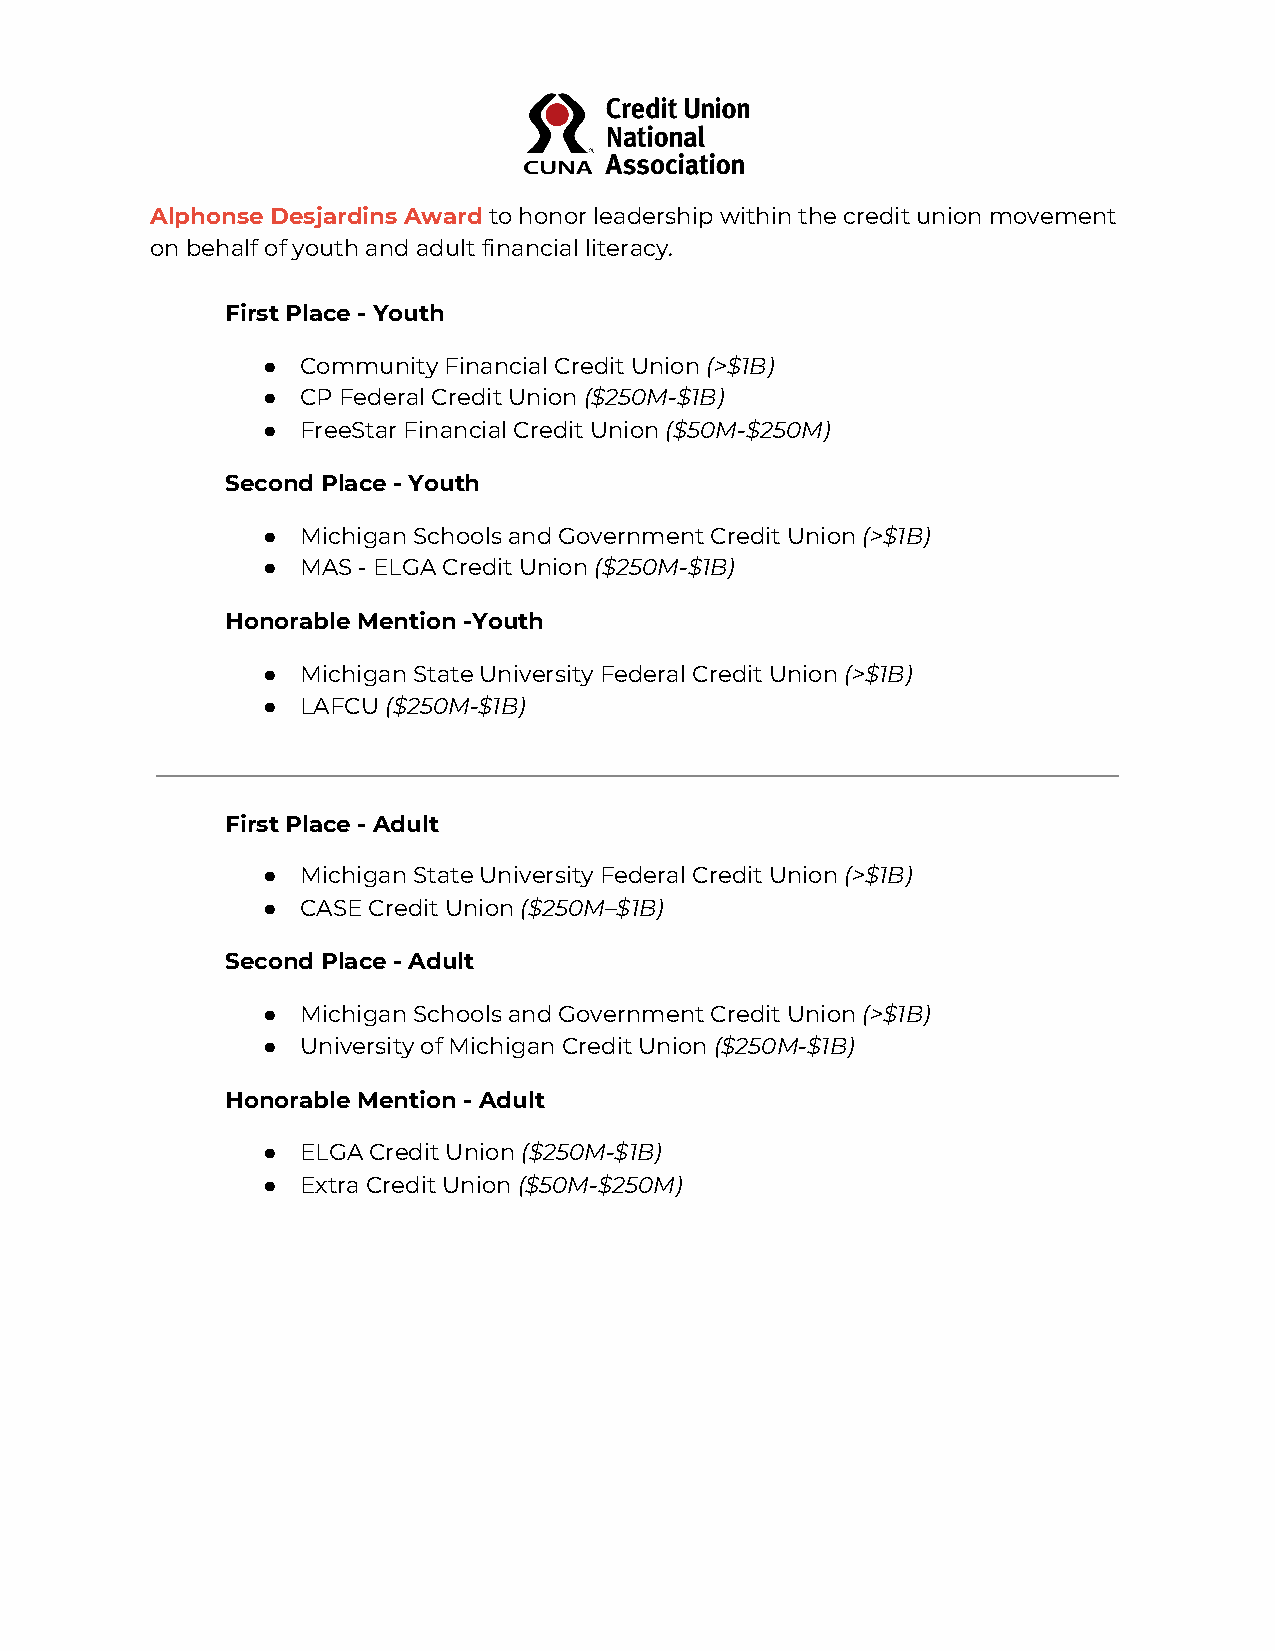
Alphonse Desjardins Award​ to honor leadership within the credit union movement
 on behalf of youth and adult financial literacy.
 First Place - Youth
 ●  Community Financial Credit Union ​(>$1B)
 ●  CP Federal Credit Union (​ $250M-$1B)
 ●  FreeStar Financial Credit Union (​ $50M-$250M)
 Second Place - Youth
 ●  Michigan Schools and Government Credit Union (​ >$1B)
 ●  MAS - ELGA Credit Union (​ $250M-$1B)
 Honorable Mention -Youth
 ●  Michigan State University Federal Credit Union (​ >$1B)
 ●  LAFCU ​($250M-$1B)
 First Place - Adult
 ●  Michigan State University Federal Credit Union (​ >$1B)
 ●  CASE Credit Union ​($250M–$1B)
 Second Place - Adult
 ●  Michigan Schools and Government Credit Union (​ >$1B)
 ●  University of Michigan Credit Union (​ $250M-$1B)
 Honorable Mention - Adult
 ●  ELGA Credit Union ​($250M-$1B)
 ●  Extra Credit Union ​($50M-$250M)